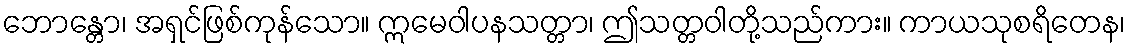
ဘောန္တော၊ အရှင်ဖြစ်ကုန်သော။ ဣမေဝါပနသတ္တာ၊ ဤသတ္တဝါတို့သည်ကား။ ကာယသုစရိတေန၊